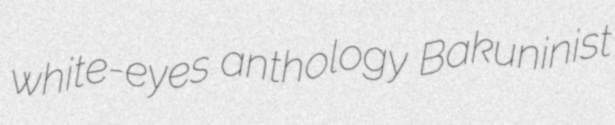
white-eyes anthology Bakuninist